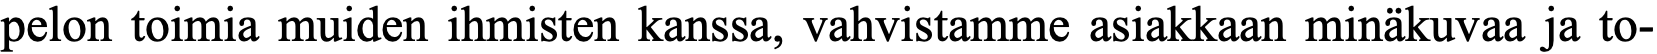
pelon toimia muiden ihmisten kanssa, vahvistamme asiakkaan minäkuvaa ja to-